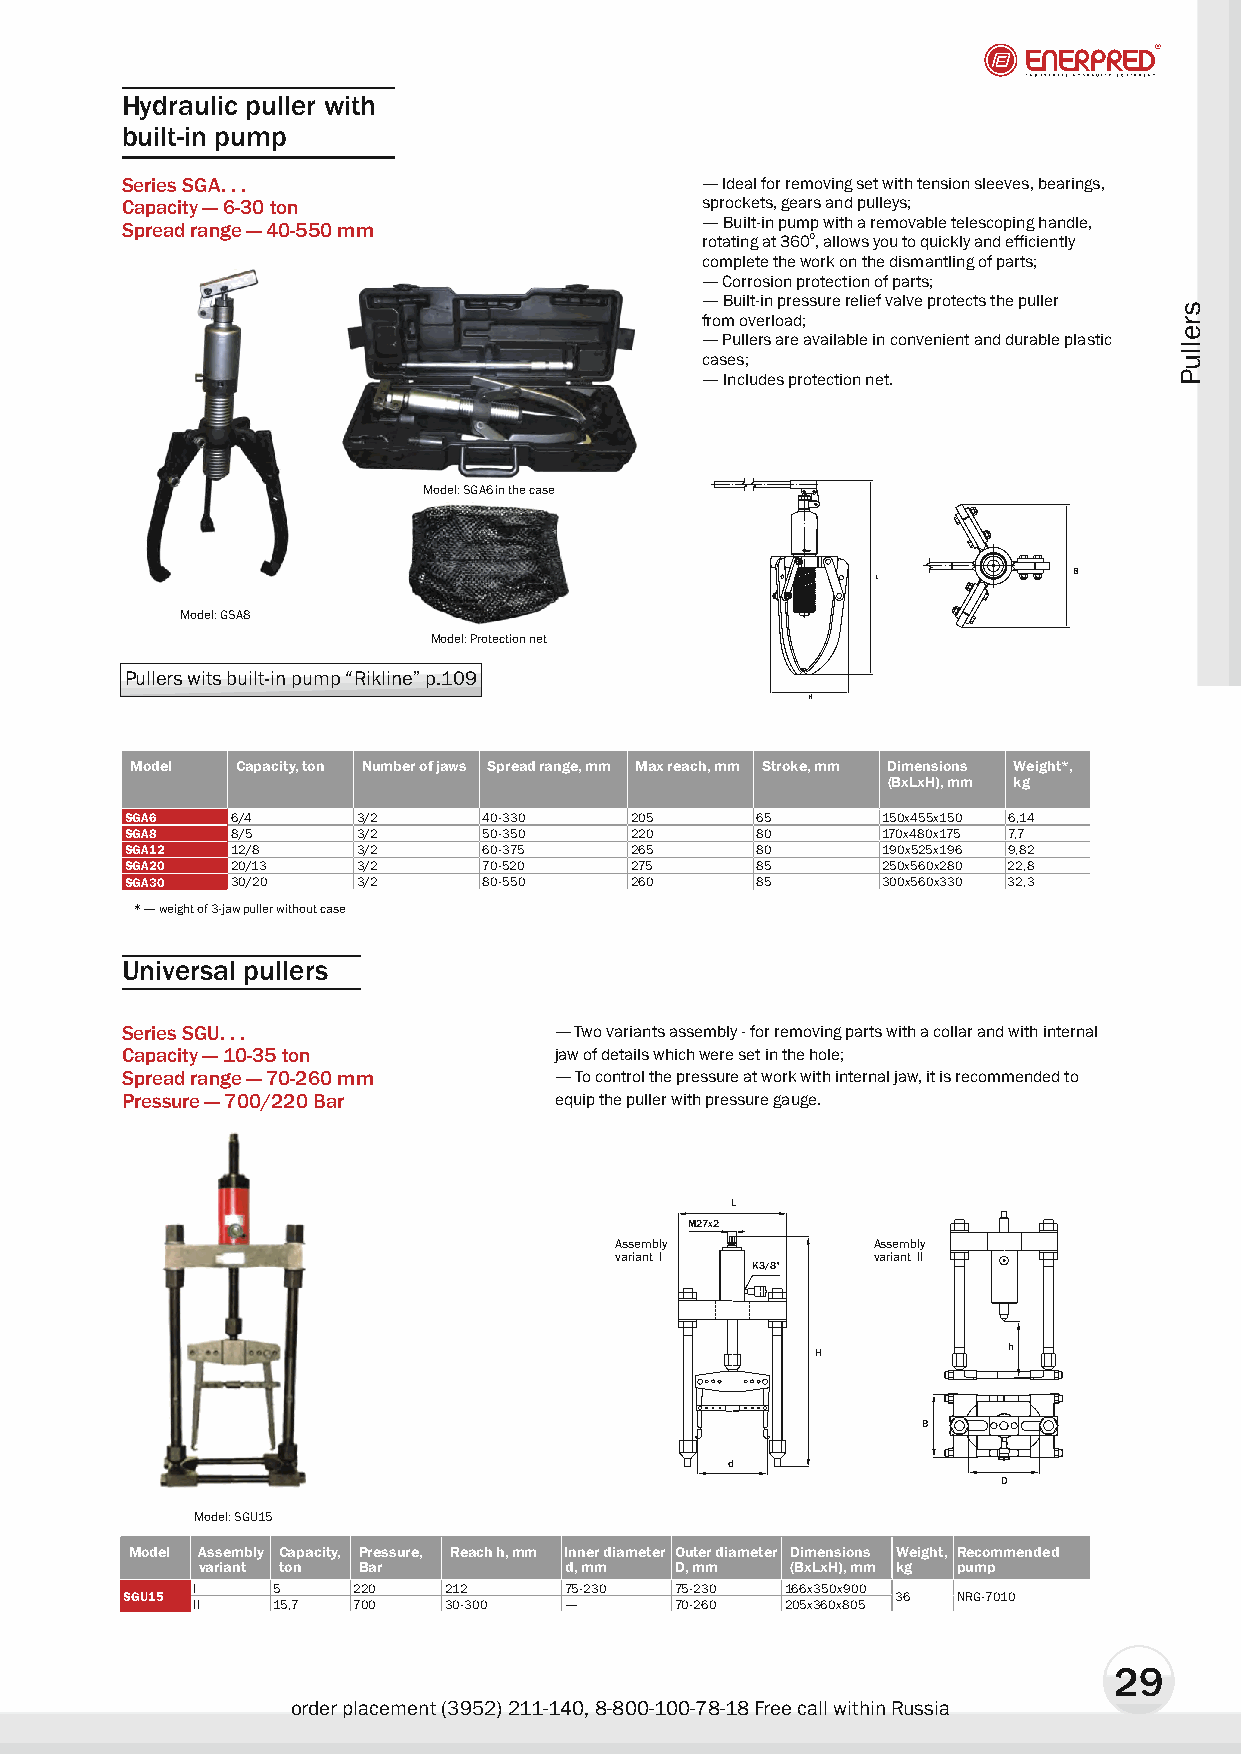
Hydraulic puller with
 built-in pump
 Series SGA. . .                       — Ideal for removing set with tension sleeves, bearings,
 Capacity — 6-30 ton                   sprockets, gears and pulleys;
 Spread range — 40-550 mm              — Built-in pump with a removable telescoping handle,
 rotating at 3600, allows you to quickly and efficiently
 complete the work on the dismantling of parts;
 — Corrosion protection of parts;
 — Built-in pressure relief valve protects the puller
 from overload;
 — Pullers are available in convenient and durable plastic
 cases;
 — Includes protection net.
 Model: SGA6 in the case
 L            B
 Model: GSA8
 Model: Protection net
 Pullers wits built-in pump “Rikline” p.109
 H
 Model  Capacity, ton Number of jaws Spread range, mm Max reach, mm Stroke, mm Dimensions Weight*,
 (BxLxH), mm kg
 SGA6   6/4      3/2     40-330    205     65      150õ455õ150 6,14
 SGA8   8/5      3/2     50-350    220     80      170õ480õ175 7,7
 SGA12  12/8     3/2     60-375    265     80      190õ525õ196 9,82
 SGA20  20/13    3/2     70-520    275     85      250õ560õ280 22,8
 SGA30  30/20    3/2     80-550    260     85      300õ560õ330 32,3
 * — weight of 3-jaw puller without case
 Universal pullers
 Series SGU. . .              — Two variants assembly - for removing parts with a collar and with internal
 Capacity — 10-35 ton         jaw of details which were set in the hole;
 Spread range — 70-260 mm     — To control the pressure at work with internal jaw, it is recommended to
 Pressure — 700/220 Bar       equip the puller with pressure gauge.
 L
 M27x2
 Assembly         Assembly
 variant I        variant II
 K3/8”
 h
 H
 B
 d
 D
 Model: SGU15
 Model Assembly Capacity, Pressure, Reach h, mm Inner diameter Outer diameter Dimensions Weight, Recommended
 variant ton Bar         d, mm   D, mm  (BxLxH), mm kg pump
 I    5    220   212     75-230  75-230 166õ350õ900
 SGU15                                              36  NRG-7010
 II   15,7 700   30-300  —       70-260 205õ360õ805
 29
 order placement (3952) 211-140, 8-800-100-78-18 Free call within Russia
 srelluP